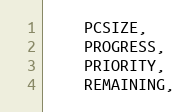
Language: C
    PCSIZE,
    PROGRESS,
    PRIORITY,
    REMAINING,